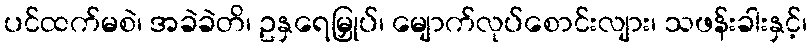
ပင်ထက်မစဲ၊ အခဲခဲတိ၊ ဥနှရေမြှုပ်၊ မျောက်လုပ်စောင်းလျား၊ သဖန်းခါးနှင့်၊